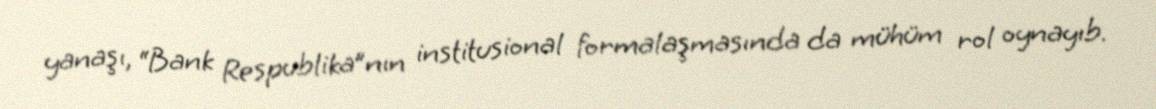
yanaşı, “Bank Respublika”nın institusional formalaşmasında da mühüm rol oynayıb.